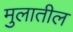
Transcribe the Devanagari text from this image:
मुलातील